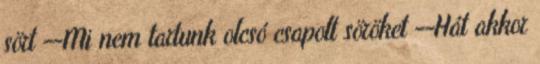
sört --Mi nem tartunk olcsó csapolt söröket --Hát akkor